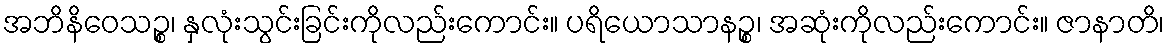
အဘိနိဝေသဉ္စ၊ နှလုံးသွင်းခြင်းကိုလည်းကောင်း။ ပရိယောသာနဉ္စ၊ အဆုံးကိုလည်းကောင်း။ ဇာနာတိ၊